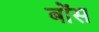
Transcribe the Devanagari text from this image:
बोंस